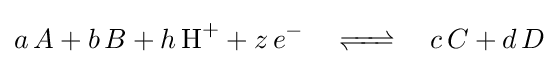
a\,A+b\,B+h\,{\ce {H+}}+z\,e^{-}\quad {\ce {<=>}}\quad c\,C+d\,D